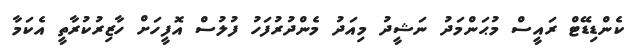
ކެންޑިޑޭޓް ރައީސް މުޙަންމަދު ނަޝީދު މިއަދު މެންދުރުފަހު ފުލުސް އޮފީހަށް ހާޒިރުކުރާތީ އެކަމާ